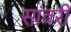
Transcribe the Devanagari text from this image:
सांवरी